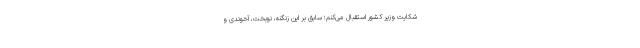
شکایت وزیر کشور استقبال می‌کنم؛ سابق بر این زنگنه، نوبخت، آخوندی و